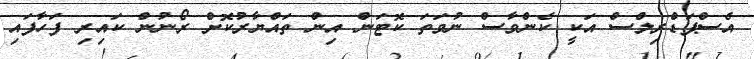
އެސްޕަޑްރިލްސް އަކީ ކެންވާސް ނުވަތަ ކޮޓަން އިން ތައްޔާރުކޮށް ރޯނުން ކައިރި ފަހާފައި